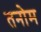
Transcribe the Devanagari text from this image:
तनोम